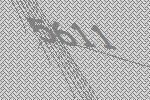
5611